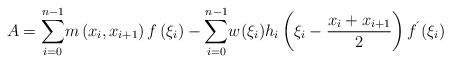
\begin{align*}A=\underset{i=0}{\overset{n-1}{\sum }}m\left( x_{i},x_{i+1}\right) f\left(\xi _{i}\right) -\underset{i=0}{\overset{n-1}{\sum }}w(\xi _{i})h_{i}\left(\xi _{i}-\frac{x_{i}+x_{i+1}}{2}\right) f^{{\acute{}}}\left( \xi _{i}\right) \end{align*}